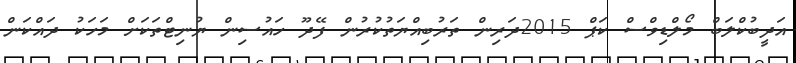
އަދީބުކްލަބް މޯލްޑިވްސް ކަޕް 2015ދަރިން ތަރުބިއްޔަތުކުރުން ފޭދޫ ހައުސިން ޔުނިޓްތަކަށް މަހަކު ދައްކަން